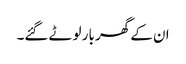
ان کے گھر بار لوٹے گئے۔